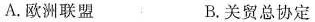
A.欧洲联盟 B.关贸总协定